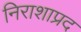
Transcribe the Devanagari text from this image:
निराशाप्रद